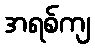
အရစ်ကျ